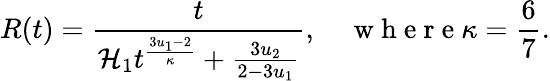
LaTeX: R(t)=\frac{t}{\mathcal{H}_{1}t^{\frac{3u_{1}-2}{\kappa}}+\frac{3u_{2}}{2-3u_{1}}},\quad\mathrm{~w~h~e~r~e~}\kappa=\frac{6}{7}.